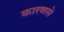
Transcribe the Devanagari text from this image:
कारणसे